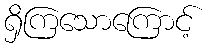
ရှိကြသောကြောင့်